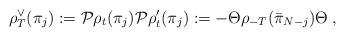
LaTeX: \begin{align*}\rho _{T}^{\vee }(\pi _{j}):=\mathcal{P}\rho _{t}(\pi _{j})\mathcal{P}\mathcal{}\rho _{t}^{\prime }(\pi _{j}):=-\Theta \rho _{-T}(\bar{\pi}_{N-j})\Theta \;, \end{align*}